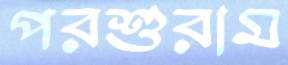
পরশুরাম